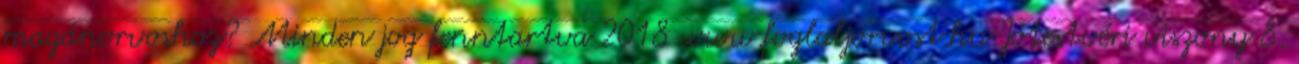
magánorvoshoz? Minden jog fenntartva 2018 www.foglaljorvost.hu Jótestvéri viszony 8.